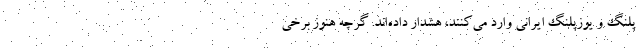
پلنگ و یوزپلنگ ایرانی وارد می‌کنند، هشدار داده‌اند. گرچه هنوز برخی